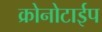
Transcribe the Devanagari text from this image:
क्रोनोटाईप